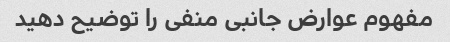
مفهوم عوارض جانبی منفی را توضیح دهید